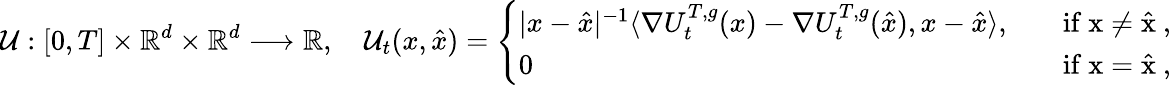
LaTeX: \mathcal{U}:[0,T]\times\mathbb{R}^{d}\times\mathbb{R}^{d}\longrightarrow\mathbb{R},\quad\mathcal{U}_{t}(x,\hat{x})=\left\{ \begin{array}{ll}{|x-\hat{x}|^{-1}\langle\nabla U_{t}^{{T},{g}}(x)-\nabla U_{t}^{{T},{g}}(\hat{x}),x-\hat{x}\rangle,\quad}&{\mathrm{if~x\neq\hat{x}~,}}\\ {0\quad}&{\mathrm{if~x=\hat{x}~,}}\end{array}\right.